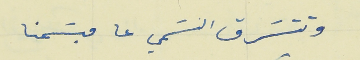
وتتسَرق النسمي عا مبسَمنا